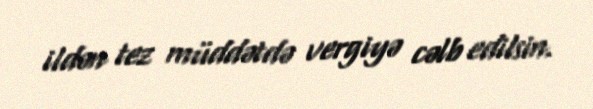
ildən tez müddətdə vergiyə cəlb edilsin.